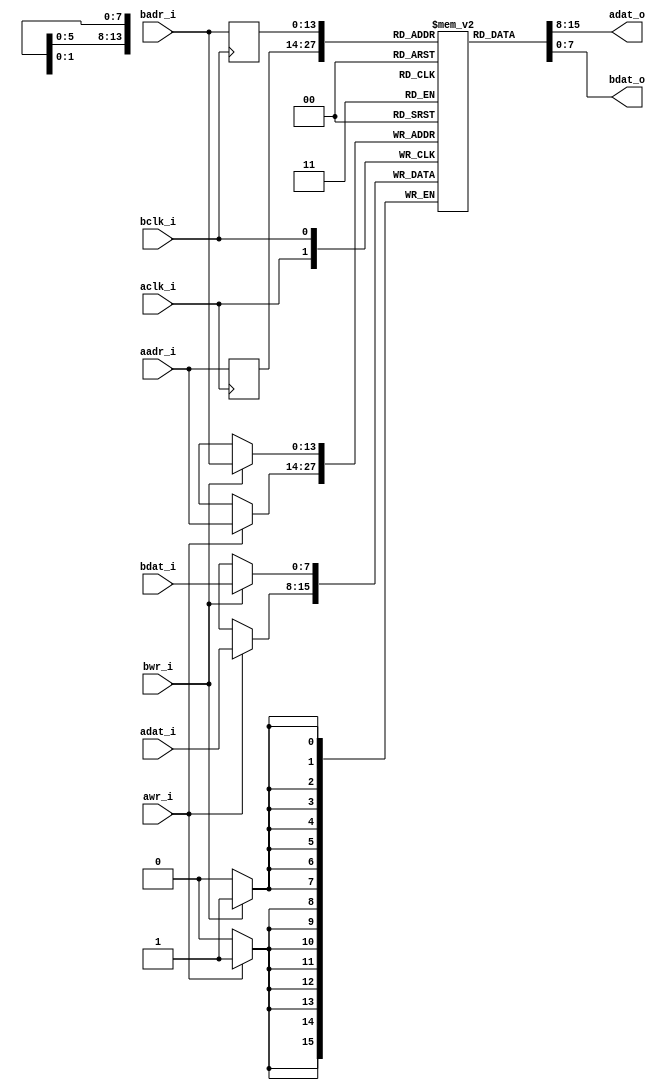
//-----------------------------------------------------------------
//                           AltOR32 
//                Alternative Lightweight OpenRisc 
//                            V2.0
//                     Ultra-Embedded.com
//                   Copyright 2011 - 2013
//
//
//                       License: LGPL
//-----------------------------------------------------------------
//
// Copyright (C) 2011 - 2013 Ultra-Embedded.com
//
// This source file may be used and distributed without         
// restriction provided that this copyright statement is not    
// removed from the file and that any derivative work contains  
// the original copyright notice and the associated disclaimer. 
//
// This source file is free software; you can redistribute it   
// and/or modify it under the terms of the GNU Lesser General   
// Public License as published by the Free Software Foundation; 
// either version 2.1 of the License, or (at your option) any   
// later version.
//
// This source is distributed in the hope that it will be       
// useful, but WITHOUT ANY WARRANTY; without even the implied   
// warranty of MERCHANTABILITY or FITNESS FOR A PARTICULAR      
// PURPOSE.  See the GNU Lesser General Public License for more 
// details.
//
// You should have received a copy of the GNU Lesser General    
// Public License along with this source; if not, write to the 
// Free Software Foundation, Inc., 59 Temple Place, Suite 330, 
// Boston, MA  02111-1307  USA
//-----------------------------------------------------------------

//-----------------------------------------------------------------
// Module: ram_dp8 - dual port block RAM
//-----------------------------------------------------------------
module ram_dp8
(
    aclk_i,
    aadr_i,
    adat_i,
    awr_i,
    adat_o,

    bclk_i,
    badr_i,
    bdat_i,
    bwr_i,
    bdat_o
);

//-----------------------------------------------------------------
// Params
//-----------------------------------------------------------------
parameter  [31:0]       WIDTH = 8;
parameter  [31:0]       SIZE = 14;

//-----------------------------------------------------------------
// I/O
//-----------------------------------------------------------------
input                   aclk_i /*verilator public*/;
output [(WIDTH - 1):0]  adat_o /*verilator public*/;
input [(WIDTH - 1):0]   adat_i /*verilator public*/;
input [(SIZE - 1):0]    aadr_i /*verilator public*/;
input                   awr_i /*verilator public*/;
input                   bclk_i /*verilator public*/;
output [(WIDTH - 1):0]  bdat_o /*verilator public*/;
input [(WIDTH - 1):0]   bdat_i /*verilator public*/;
input [(SIZE - 1):0]    badr_i /*verilator public*/;
input                   bwr_i /*verilator public*/;

//-----------------------------------------------------------------
// Registers
//-----------------------------------------------------------------
/* verilator lint_off MULTIDRIVEN */
reg [(WIDTH - 1):0]     ram [((2<< (SIZE-1)) - 1):0] /*verilator public*/;
/* verilator lint_on MULTIDRIVEN */

reg [(SIZE - 1):0]      rd_addr_a;
reg [(SIZE - 1):0]      rd_addr_b;
wire [(WIDTH - 1):0]    adat_o;
wire [(WIDTH - 1):0]    bdat_o;

//-----------------------------------------------------------------
// Processes
//-----------------------------------------------------------------
always @ (posedge aclk_i)
begin
    if (awr_i == 1'b1)
        ram[aadr_i] <= adat_i;
    rd_addr_a <= aadr_i;
end
always @ (posedge bclk_i)
begin
    if (bwr_i == 1'b1)
        ram[badr_i] <= bdat_i;
    rd_addr_b <= badr_i;
end

//-------------------------------------------------------------------
// Combinatorial
//-------------------------------------------------------------------
assign adat_o = ram[rd_addr_a];
assign bdat_o = ram[rd_addr_b];

endmodule